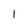
Character: 1